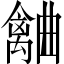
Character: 𣍗